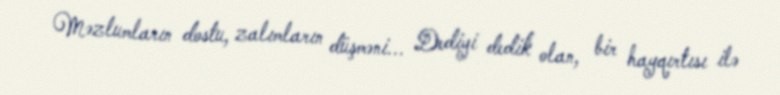
Məzlumların dostu, zalımların düşməni... Dediyi dedik olan, bir hayqırtısı ilə